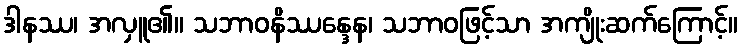
ဒါနဿ၊ အလှူ၏။ သဘာဝနိဿန္ဒေန၊ သဘာဝဖြင့်သာ အကျိုးဆက်ကြောင့်။